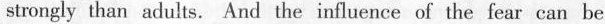
strongly than adults. And the influence of the fear can be